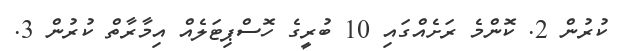
ކުރުން 2. ކޮންމެ ރަށެއްގައި 10 ބުރީގެ ހޮސްޕިޓަލެއް އިމާރާތް ކުރުން 3.